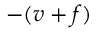
- ( v + f )